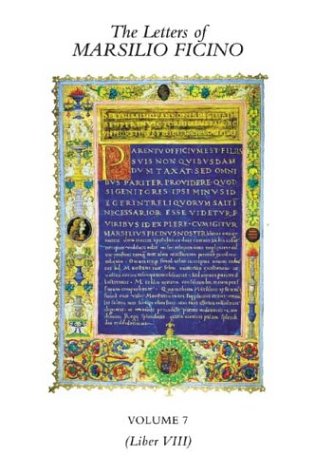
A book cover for The Letters of Marsilio Ficino: Volume 7; Marsilio Ficino; Politics & Social Sciences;